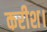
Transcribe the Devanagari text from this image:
करीश।